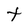
Character: t